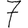
Digit: 7